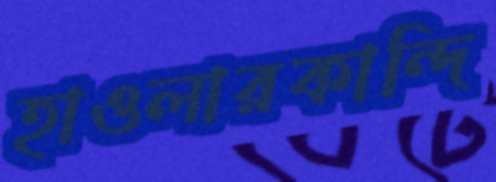
হাওলারকান্দি